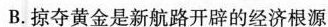
B.掠夺黄金是新航路开辟的经济根源